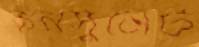
কনসুলেট